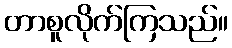
တာစူလိုက်ကြသည်။